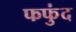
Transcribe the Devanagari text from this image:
फफुंद